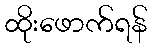
ထိုးဖောက်ရန်